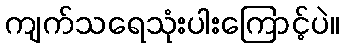
ကျက်သရေသုံးပါးကြောင့်ပဲ။